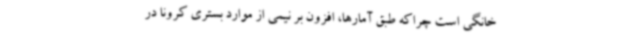
خانگی است چراکه طبق آمارها، افزون بر نیمی از موارد بستری کرونا در